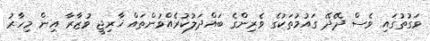
ވަގުތުގައި ވެސް ދޭދޭ ގައުމުތަކުގެ ވެރިންގެ ބައްދަލުކުރެއްވުންތައް ޚާރިޖީ ވުޒާރާ އިން މިހާރު